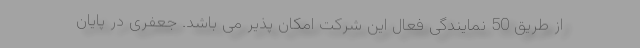
از طریق 50 نمایندگی فعال این شرکت امکان پذیر می باشد. جعفری در پایان